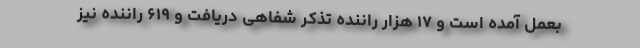
بعمل آمده است و ۱۷ هزار راننده تذکر شفاهی دریافت و ۶۱۹ راننده نیز